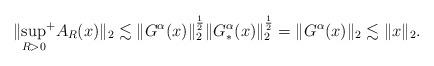
LaTeX: \begin{align*}\|{\sup_{R>0}}^+A_{R}(x)\|_2\lesssim \|G^\alpha(x)\|^\frac{1}{2}_2 \|G_*^\alpha(x)\|^\frac{1}{2}_2= \|G^\alpha(x)\|_2\lesssim\|x\|_2.\end{align*}